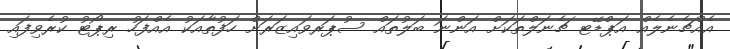
އެއްޗެނެލެއް އަޕްޑޭޓ ޗެނަލްތަކަށް އަންނަ ބަލުތައް ސުޕަރވައިޒަރަށް ހަފުތާއަކު އެއްފަހު ރިޕޯޓު ކުރެވިފައި